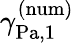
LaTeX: \gamma_{\mathrm{{Pa,1}}}^{\mathrm{{(num)}}}